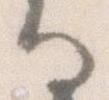
る